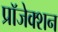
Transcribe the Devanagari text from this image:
प्रॉजेक्शन